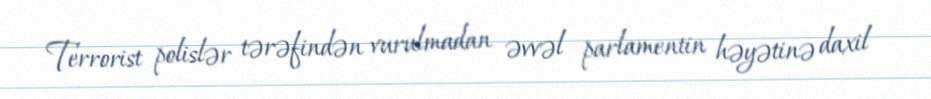
Terrorist polislər tərəfindən vurulmadan əvvəl parlamentin həyətinə daxil